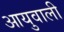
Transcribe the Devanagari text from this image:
आयुवाली